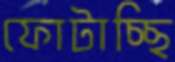
ফোটাচ্ছি